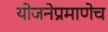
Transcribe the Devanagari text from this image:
योजनेप्रमाणेच